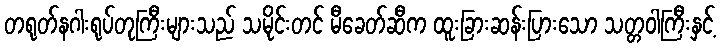
တရုတ်နဂါးရုပ်တုကြီးများသည် သမိုင်းတင် မီခေတ်ဆီက ထူးခြားဆန်းပြားသော သတ္တဝါကြီးနှင့်